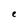
Character: e